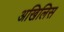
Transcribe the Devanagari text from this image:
अखिलिस